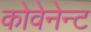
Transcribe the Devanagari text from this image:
कोवेनेन्ट